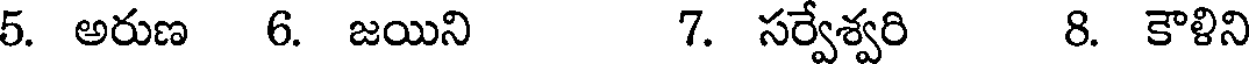
5. అరుణ 6. జయిని 7. సర్వేశ్వరి 8. కౌళిని